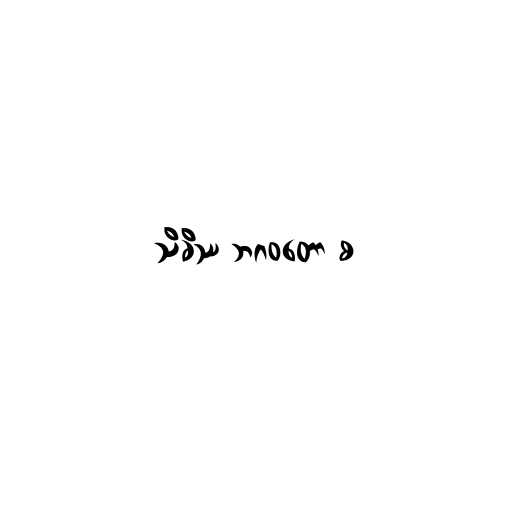
သိခိဿ ဘဂဝတော စ